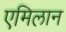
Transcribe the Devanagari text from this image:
एमिलान